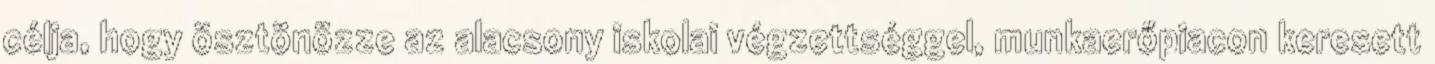
célja, hogy ösztönözze az alacsony iskolai végzettséggel, munkaerőpiacon keresett